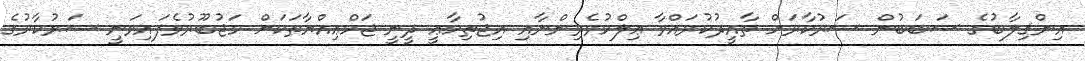
އިންޤިލާބުގެ ސަބަބުން ސަރުކާރަށް ތާއީދުކުރައްވާ ޢިލްމުވެރިންނާއި އިޖުތިމާޢީ ދީނީ ޖަމްޢިއްޔާތަކަށް މަޖުބޫރުވެފައިވަނީ ސަރުކާރުގެ